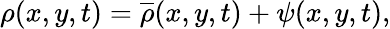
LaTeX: \rho(x,y,t)=\overline{{\rho}}(x,y,t)+\psi(x,y,t),